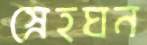
স্নেহঘন